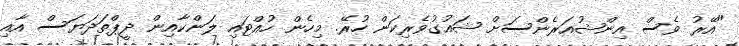
"އޭރު ވެސް އިންޝުއަރެންސަށް ޝައުގުވެރިކަން ހުރޭ. މިހެން ހުއްޓައި ލަންކާއިން ދީޕްތަދަޔަސް އާއި